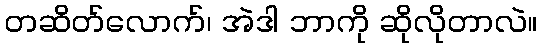
တဆိတ်လောက်၊ အဲဒါ ဘာကို ဆိုလိုတာလဲ။